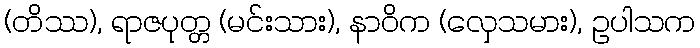
(တိဿ), ရာဇပုတ္တ (မင်းသား), နာဝိက (လှေသမား), ဥပါသက